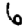
Digit: 6